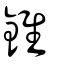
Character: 錐